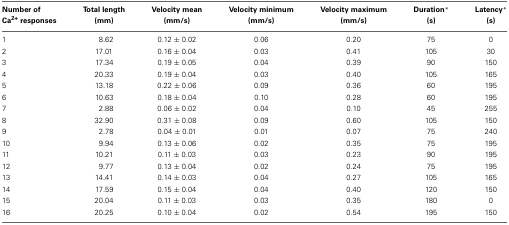
| Number of Ca2+ responses | Total length (mm) | Velocity mean (mm/s) | Velocity minimum (mm/s) | Velocity maximum (mm/s) | Duration * (s) | Latency * (s) |
 | --- | --- | --- | --- | --- | --- | --- |
 | 1 | 8.62 | 0.12 ± 0.02 | 0.06 | 0.20 | 75 | 0 |
 | 2 | 17.01 | 0.16 ± 0.04 | 0.03 | 0.41 | 105 | 30 |
 | 3 | 17.34 | 0.19 ± 0.05 | 0.04 | 0.39 | 90 | 150 |
 | 4 | 20.33 | 0.19 ± 0.04 | 0.03 | 0.40 | 105 | 165 |
 | 5 | 13.18 | 0.22 ± 0.06 | 0.09 | 0.36 | 60 | 195 |
 | 6 | 10.63 | 0.18 ± 0.04 | 0.10 | 0.28 | 60 | 195 |
 | 7 | 2.88 | 0.06 ± 0.02 | 0.04 | 0.10 | 45 | 255 |
 | 8 | 32.90 | 0.31 ± 0.08 | 0.09 | 0.60 | 105 | 150 |
 | 9 | 2.78 | 0.04 ± 0.01 | 0.01 | 0.07 | 75 | 240 |
 | 10 | 9.94 | 0.13 ± 0.06 | 0.02 | 0.35 | 75 | 195 |
 | 11 | 10.21 | 0.11 ± 0.03 | 0.03 | 0.23 | 90 | 195 |
 | 12 | 9.77 | 0.13 ± 0.04 | 0.02 | 0.24 | 75 | 195 |
 | 13 | 14.41 | 0.14 ± 0.03 | 0.04 | 0.27 | 105 | 165 |
 | 14 | 17.59 | 0.15 ± 0.04 | 0.04 | 0.40 | 120 | 150 |
 | 15 | 20.04 | 0.11 ± 0.03 | 0.03 | 0.35 | 180 | 0 |
 | 16 | 20.25 | 0.10 ± 0.04 | 0.02 | 0.54 | 195 | 150 |